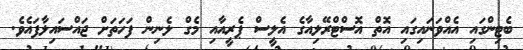
ބެޓިންގައި އެއްވަނައިގައި އޮތް އޮސްޓްރޭލިއާގެ އެލީސް ޕެރީއާއި މެގް ލެނިން ފަހަތަށް ޖައްސައިލާފައެވެ.